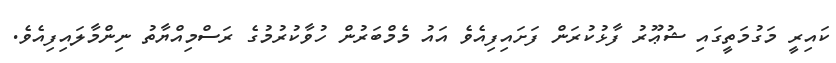
ކައިރީ މަގުމަތީގައި ޝުޢޫރު ފާޅުކުރަން ފަށައިފިއެވެ އައު މެމްބަރުން ހުވާކުރުމުގެ ރަސްމިއްޔާތު ނިންމާލައިފިއެވެ.